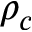
\rho _ { c }